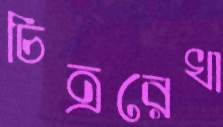
চিত্ররেখা